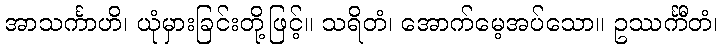
အာသင်္ကာဟိ၊ ယုံမှားခြင်းတို့ဖြင့်။ သရိတံ၊ အောက်မေ့အပ်သော။ ဥဿင်္ကီတံ၊